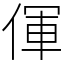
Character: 㑮